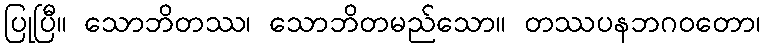
ပြုပြီ။ သောဘိတဿ၊ သောဘိတမည်သော။ တဿပနဘဂဝတော၊